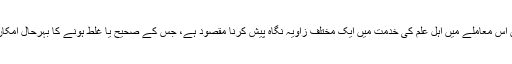
یاد رہے یہاں اس معاملے میں اہل علم کی خدمت میں ایک مختلف زاویہ نگاہ پیش کرنا مقصود ہے، جس کے صحیح یا غلط ہونے کا بہرحال امکان موجود ہے۔